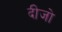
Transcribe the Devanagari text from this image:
दीजो